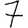
Digit: 7